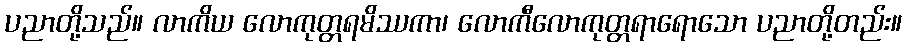
ပညာတို့သည်။ လာကိယ လောကုတ္တရမိဿကာ၊ လောကီလောကုတ္တရာရောသော ပညာတို့တည်း။